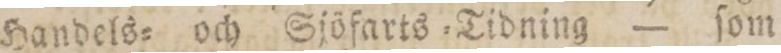
Handels= och Sjöfarts=Tidning — ſom